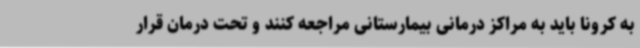
به کرونا باید به مراکز درمانی بیمارستانی مراجعه کنند و تحت درمان قرار